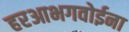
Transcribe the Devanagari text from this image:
हरआभगवोईना